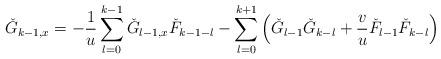
LaTeX: \begin{align*} \check{G}_{k-1,x}=-\displaystyle\frac{1}{u}\sum_{l=0}^{k-1}\check{G}_{l-1,x}\check{F}_{k-1-l}-\sum_{l=0}^{k+1}\left(\check{G}_{l-1}\check{G}_{k-l}+\frac{v}{u}\check{F}_{l-1}\check{F}_{k-l}\right)\end{align*}